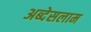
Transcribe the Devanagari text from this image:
अब्देसलाम